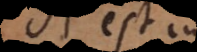
A est in